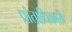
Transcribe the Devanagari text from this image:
प्रांताधिकारी